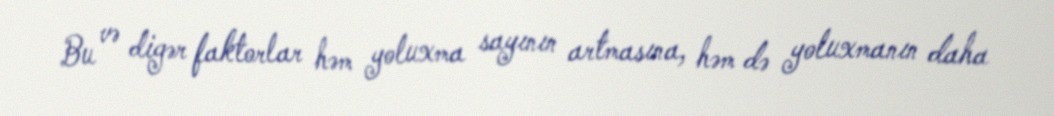
Bu və digər faktorlar həm yoluxma sayının artmasına, həm də yoluxmanın daha